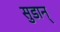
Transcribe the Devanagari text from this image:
सुडान्